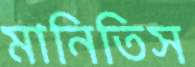
মানিতিস